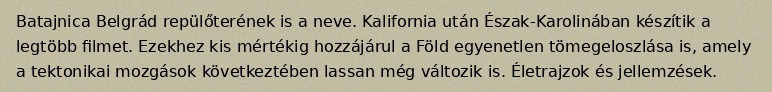
Batajnica Belgrád repülőterének is a neve. Kalifornia után Észak-Karolinában készítik a legtöbb filmet. Ezekhez kis mértékig hozzájárul a Föld egyenetlen tömegeloszlása is, amely a tektonikai mozgások következtében lassan még változik is. Életrajzok és jellemzések.